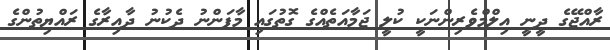
ރާއްޖޭގެ ދީނީ އިލްމްވެރިންނަކީ ކުލީ ޖަމާއަތެއްގެ ގޮތުގައި މާފަންނު ދެކުނު ދާއިރާގެ ރައްޔިތުންގެ